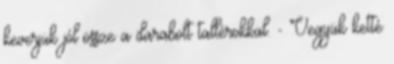
keverjük jól össze a darabolt tallérokkal. - Vegyük ketté